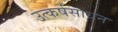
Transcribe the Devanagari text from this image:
उत्कर्षसाधन